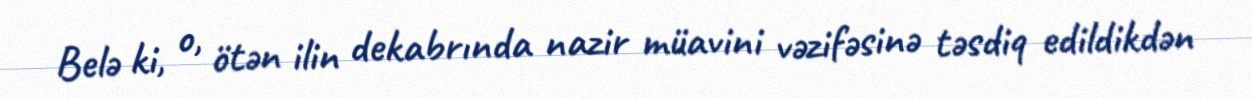
Belə ki, o, ötən ilin dekabrında nazir müavini vəzifəsinə təsdiq edildikdən